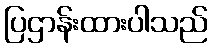
ပြဌာန်းထားပါသည်